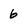
Character: 6